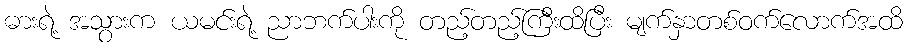
ဓားရဲ့ အသွားက ယမင်းရဲ့ ညာဘက်ပါးကို တည့်တည့်ကြီးထိပြီး မျက်နှာတစ်ဝက်လောက်အထိ